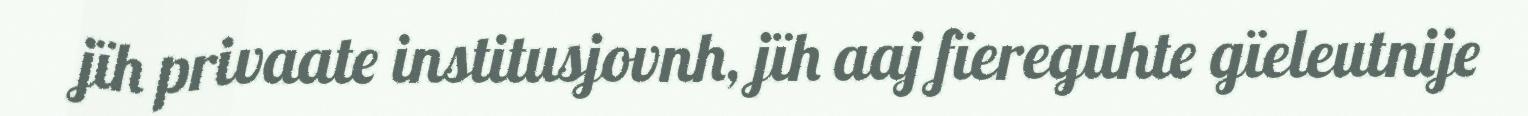
jïh privaate institusjovnh, jïh aaj fïereguhte gïeleutnije